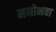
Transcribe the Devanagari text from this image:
मनोभवा